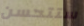
ستتحسن